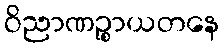
ဝိညာဏဉ္စာယတနေ